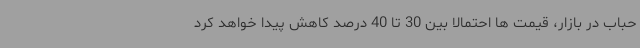
حباب در بازار، قیمت ها احتمالا بین 30 تا 40 درصد کاهش پیدا خواهد کرد